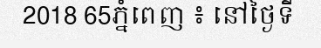
2018 65ភ្នំពេញ ៖ នៅថ្ងៃទី